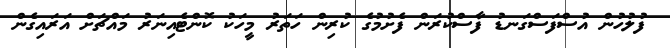
ފުލުހުން އުސްފަސްގަނޑު ފާސްކުރަން ފެށުމުގެ ކުރިން ހަތަރު މީހަކު ކޮންޓެއިނަރު މައްޗަށް އަރައިގެން